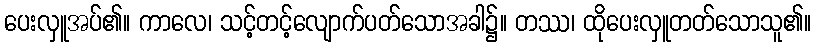
ပေးလှူအပ်၏။ ကာလေ၊ သင့်တင့်လျောက်ပတ်သောအခါ၌။ တဿ၊ ထိုပေးလှူတတ်သောသူ၏။